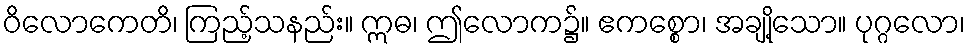
ဝိလောကေတိ၊ ကြည့်သနည်း။ ဣဓ၊ ဤလောက၌။ ဧကစ္စော၊ အချို့သော။ ပုဂ္ဂလော၊